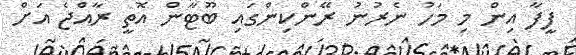
ފީފާ އިން މި މަހު ނެރުނު ރޭންކިންގައި ބޫޓާން އޮތީ ރާއްޖެ އަށް